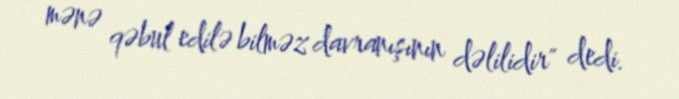
mənə qəbul edilə bilməz davranışının dəlilidir" dedi.